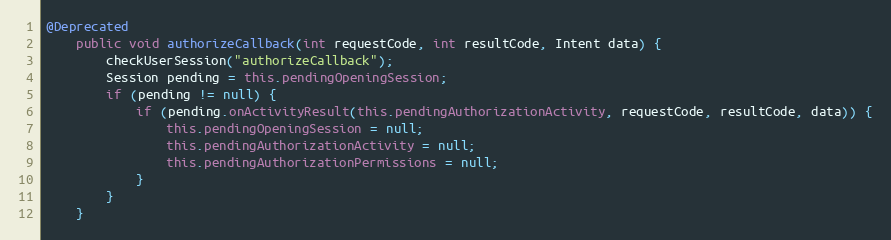
Language: Java
@Deprecated
    public void authorizeCallback(int requestCode, int resultCode, Intent data) {
        checkUserSession("authorizeCallback");
        Session pending = this.pendingOpeningSession;
        if (pending != null) {
            if (pending.onActivityResult(this.pendingAuthorizationActivity, requestCode, resultCode, data)) {
                this.pendingOpeningSession = null;
                this.pendingAuthorizationActivity = null;
                this.pendingAuthorizationPermissions = null;
            }
        }
    }